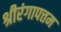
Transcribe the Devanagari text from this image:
श्रीरंगापत्तम